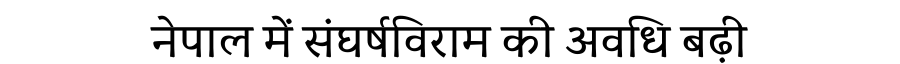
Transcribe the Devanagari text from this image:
नेपाल में संघर्षविराम की अवधि बढ़ी